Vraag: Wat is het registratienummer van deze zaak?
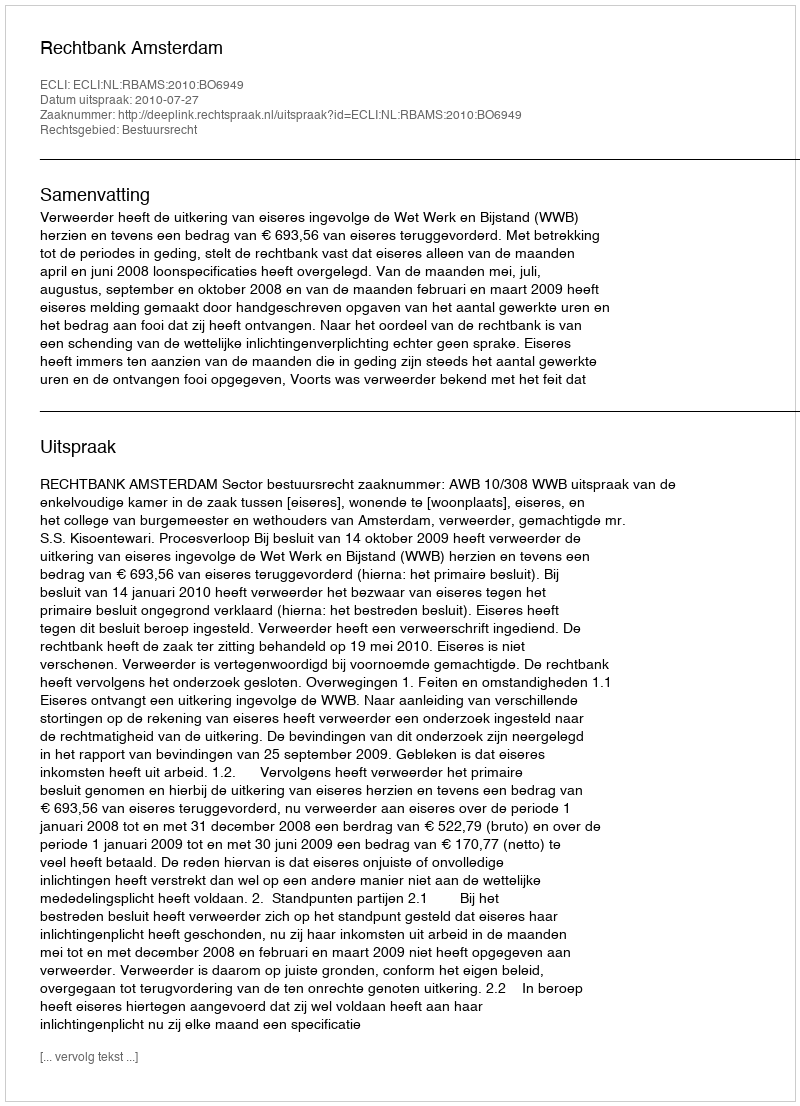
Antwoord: http://deeplink.rechtspraak.nl/uitspraak?id=ECLI:NL:RBAMS:2010:BO6949